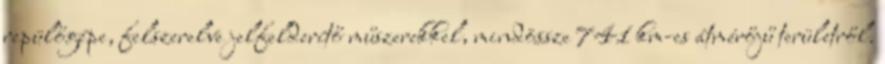
repülőgépe, felszerelve jelfelderítő műszerekkel, mindössze 741 km-es átmérőjű területről.